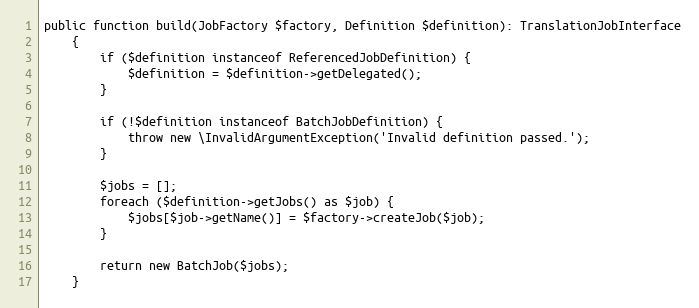
Language: PHP
public function build(JobFactory $factory, Definition $definition): TranslationJobInterface
    {
        if ($definition instanceof ReferencedJobDefinition) {
            $definition = $definition->getDelegated();
        }

        if (!$definition instanceof BatchJobDefinition) {
            throw new \InvalidArgumentException('Invalid definition passed.');
        }

        $jobs = [];
        foreach ($definition->getJobs() as $job) {
            $jobs[$job->getName()] = $factory->createJob($job);
        }

        return new BatchJob($jobs);
    }